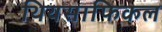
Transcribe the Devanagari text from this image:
थियसाफिकल